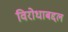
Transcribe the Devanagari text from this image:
विरोधाबद्दल